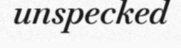
unspecked